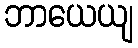
ဘာယေယျ